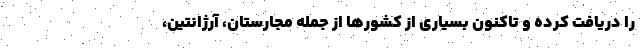
را دریافت کرده و تاکنون بسیاری از کشورها از جمله مجارستان، آرژانتین،